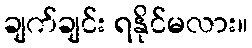
ချက်ချင်း ရနိုင်မလား။